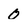
Character: 0